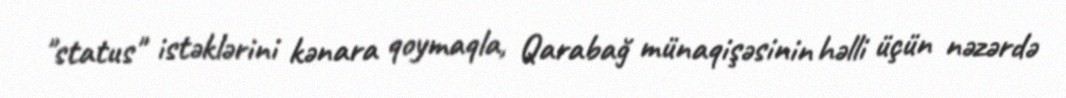
"status" istəklərini kənara qoymaqla, Qarabağ münaqişəsinin həlli üçün nəzərdə